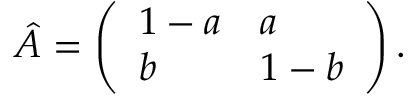
\hat { A } = \left( \begin{array} { l l } { 1 - a } & { a } \\ { b } & { 1 - b } \end{array} \right) .